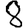
Digit: 8